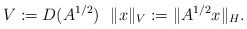
\begin{align*}V:=D(A^{1/2})\ \ \|x\|_V:=\|A^{1/2}x\|_H.\end{align*}